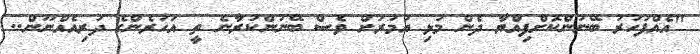
"އެއްފަހަރު ބޭނުންކޮށްފިއްޔާ ދެން މުޅި އުމުރަށް ވެސް ބޭނުންކުރާނެ ތީ އަހަރެންގެ ދަރިއެއްނޫން..